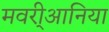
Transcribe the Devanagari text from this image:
मवरी्आनिया